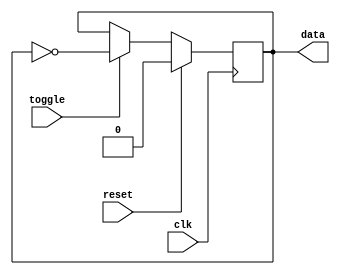
`timescale 1ns / 1ps
//////////////////////////////////////////////////////////////////////////////////
// Company: 
// Engineer: 
// 
// Design Name: 
// Module Name: toggle_flipflop
// Project Name: 
// Target Devices: 
// Tool Versions: 
// Description: 
// 
// Dependencies: 
// 
// Revision:
// Revision 0.01 - File Created
// Additional Comments:
// 
//////////////////////////////////////////////////////////////////////////////////


module toggle_flipflop(
    input toggle,
    input clk,
    input reset,
    output reg data
    );
    
    always@(posedge clk) begin
        if(reset)
            data <= 0;
        else if(toggle)
            data <= ~data;
    end
endmodule